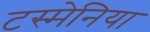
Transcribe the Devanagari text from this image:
टस्मेनिया